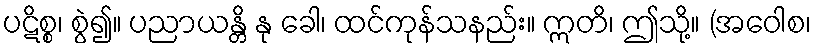
ပဋိစ္စ၊ စွဲ၍။ ပညာယန္တိ နု ခေါ၊ ထင်ကုန်သနည်း။ ဣတိ၊ ဤသို့။ (အဝေါစ၊